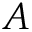
A